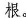
根。